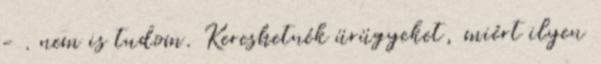
- . nem is tudom. Kereshetnék ürügyeket, miért ilyen